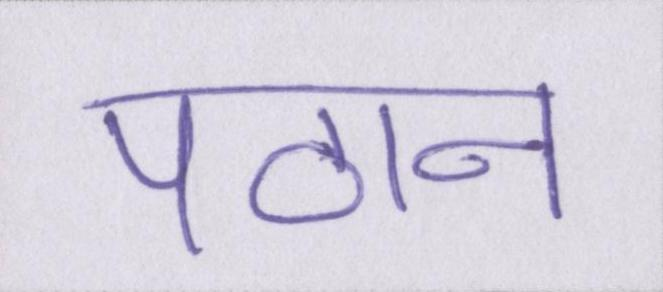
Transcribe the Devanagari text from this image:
पठान